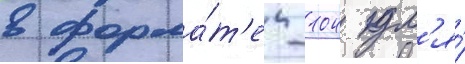
в форма́т'е -104 дл'я́